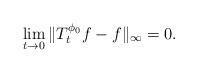
\begin{align*}\lim_{t\to 0}\|T^{\phi_0}_tf-f\|_\infty=0.\end{align*}